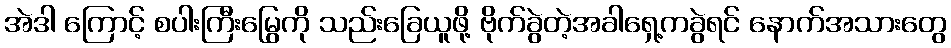
အဲဒါ ကြောင့် စပါးကြီးမြွေကို သည်းခြေယူဖို့ ဗိုက်ခွဲတဲ့အခါရှေ့ကခွဲရင် နောက်အသားတွေ